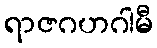
ရာဇဂဟဂါမီ